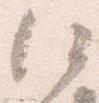
何